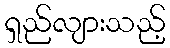
ရှည်လျားသည့်